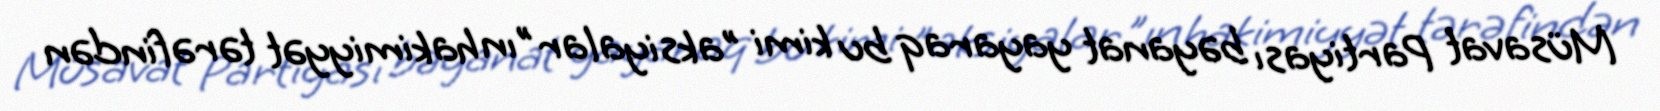
Müsavat Partiyası bəyanat yayaraq bu kimi "aksiyalar"ın hakimiyyət tərəfindən